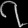
Digit: ၇